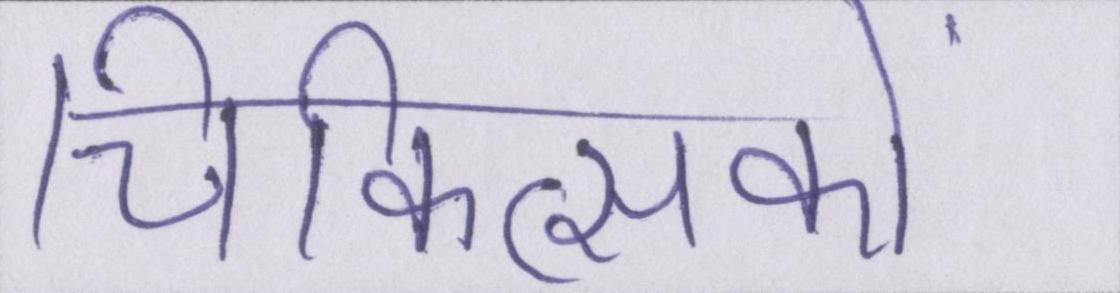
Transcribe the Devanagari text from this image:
चिकित्सकों